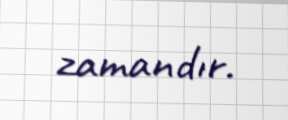
zamandır.